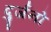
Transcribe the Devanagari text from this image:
दुर्जनो